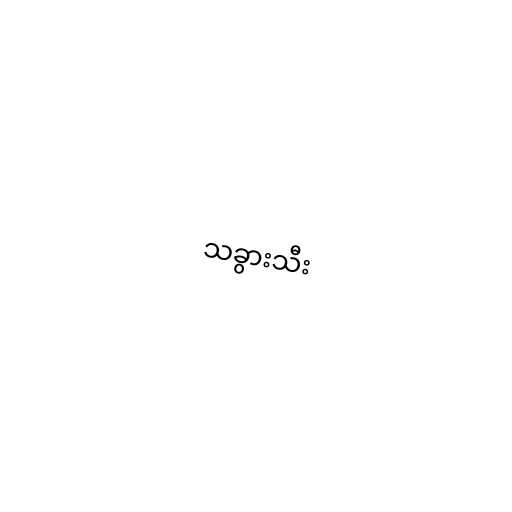
သခွားသီး